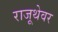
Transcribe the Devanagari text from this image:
राजूथेवर